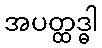
အပတ္ထဒ္ဓါ